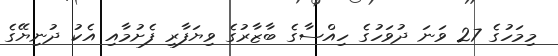
މިމަހުގެ 27 ވަނަ ދުވަހުގެ ހިއްސާގެ ބާޒާރުގެ ވިޔަފާރި ފެށުމާއި އެކު ދުނިޔޭގެ